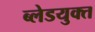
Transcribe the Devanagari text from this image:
ब्लेडयुक्त